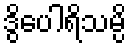
ဒွိပေါရိသမ္ပိ